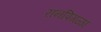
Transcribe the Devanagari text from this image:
रानपिगळा